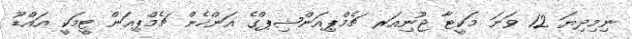
ނިމިދިޔަ 12 ވަނަ މަކީޓާ ޖޫނިއަރ ޗެމްޕިއަންޝިޕްގެ އަންހެން ޗެމްޕިއަން ޓީމަކީ އައްޑޫ